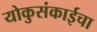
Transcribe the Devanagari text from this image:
योकुसंकाईचा